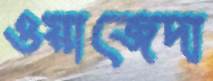
ওয়াজেদা